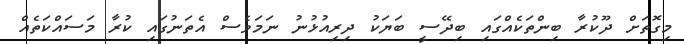
މިގޮތަށް ދޫކުރާ ބިންތަކެއްގައި ބިދޭސީ ބަޔަކު ދިރިއުޅުނު ނަމަވެސް އެތަނުގައި ކުރާ މަސައްކަތެއް